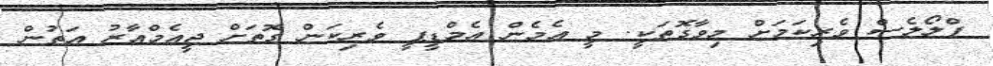
ފްލޯލެސް ވެރިކަމަށް މިވާގޮތަކީ. މީ އެމެން އެމްޑީޕީ ވެރިކަން ގޮތަށް ޖީއެމްއާރު އަތުން